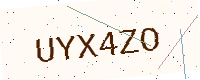
Text: UYX4ZO